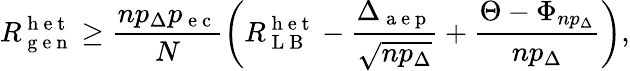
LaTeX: R_{\mathrm{~g~e~n~}}^{\mathrm{~h~e~t~}}\geq\frac{np_{\Delta}p_{\mathrm{~e~c~}}}{N}\left(R_{\mathrm{~L~B~}}^{\mathrm{~h~e~t~}}-\frac{\Delta_{\mathrm{~a~e~p~}}}{\sqrt{np_{\Delta}}}+\frac{\Theta-\Phi_{np_{\Delta}}}{np_{\Delta}}\right),